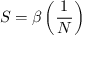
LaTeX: S = \beta \left( { \frac { 1 } { N } } \right)